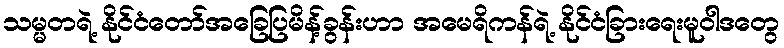
သမ္မတရဲ့ နိုင်ငံတော်အခြေပြမိန့်ခွန်းဟာ အမေရိကန်ရဲ့ နိုင်ငံခြားရေးမူဝါဒတွေ